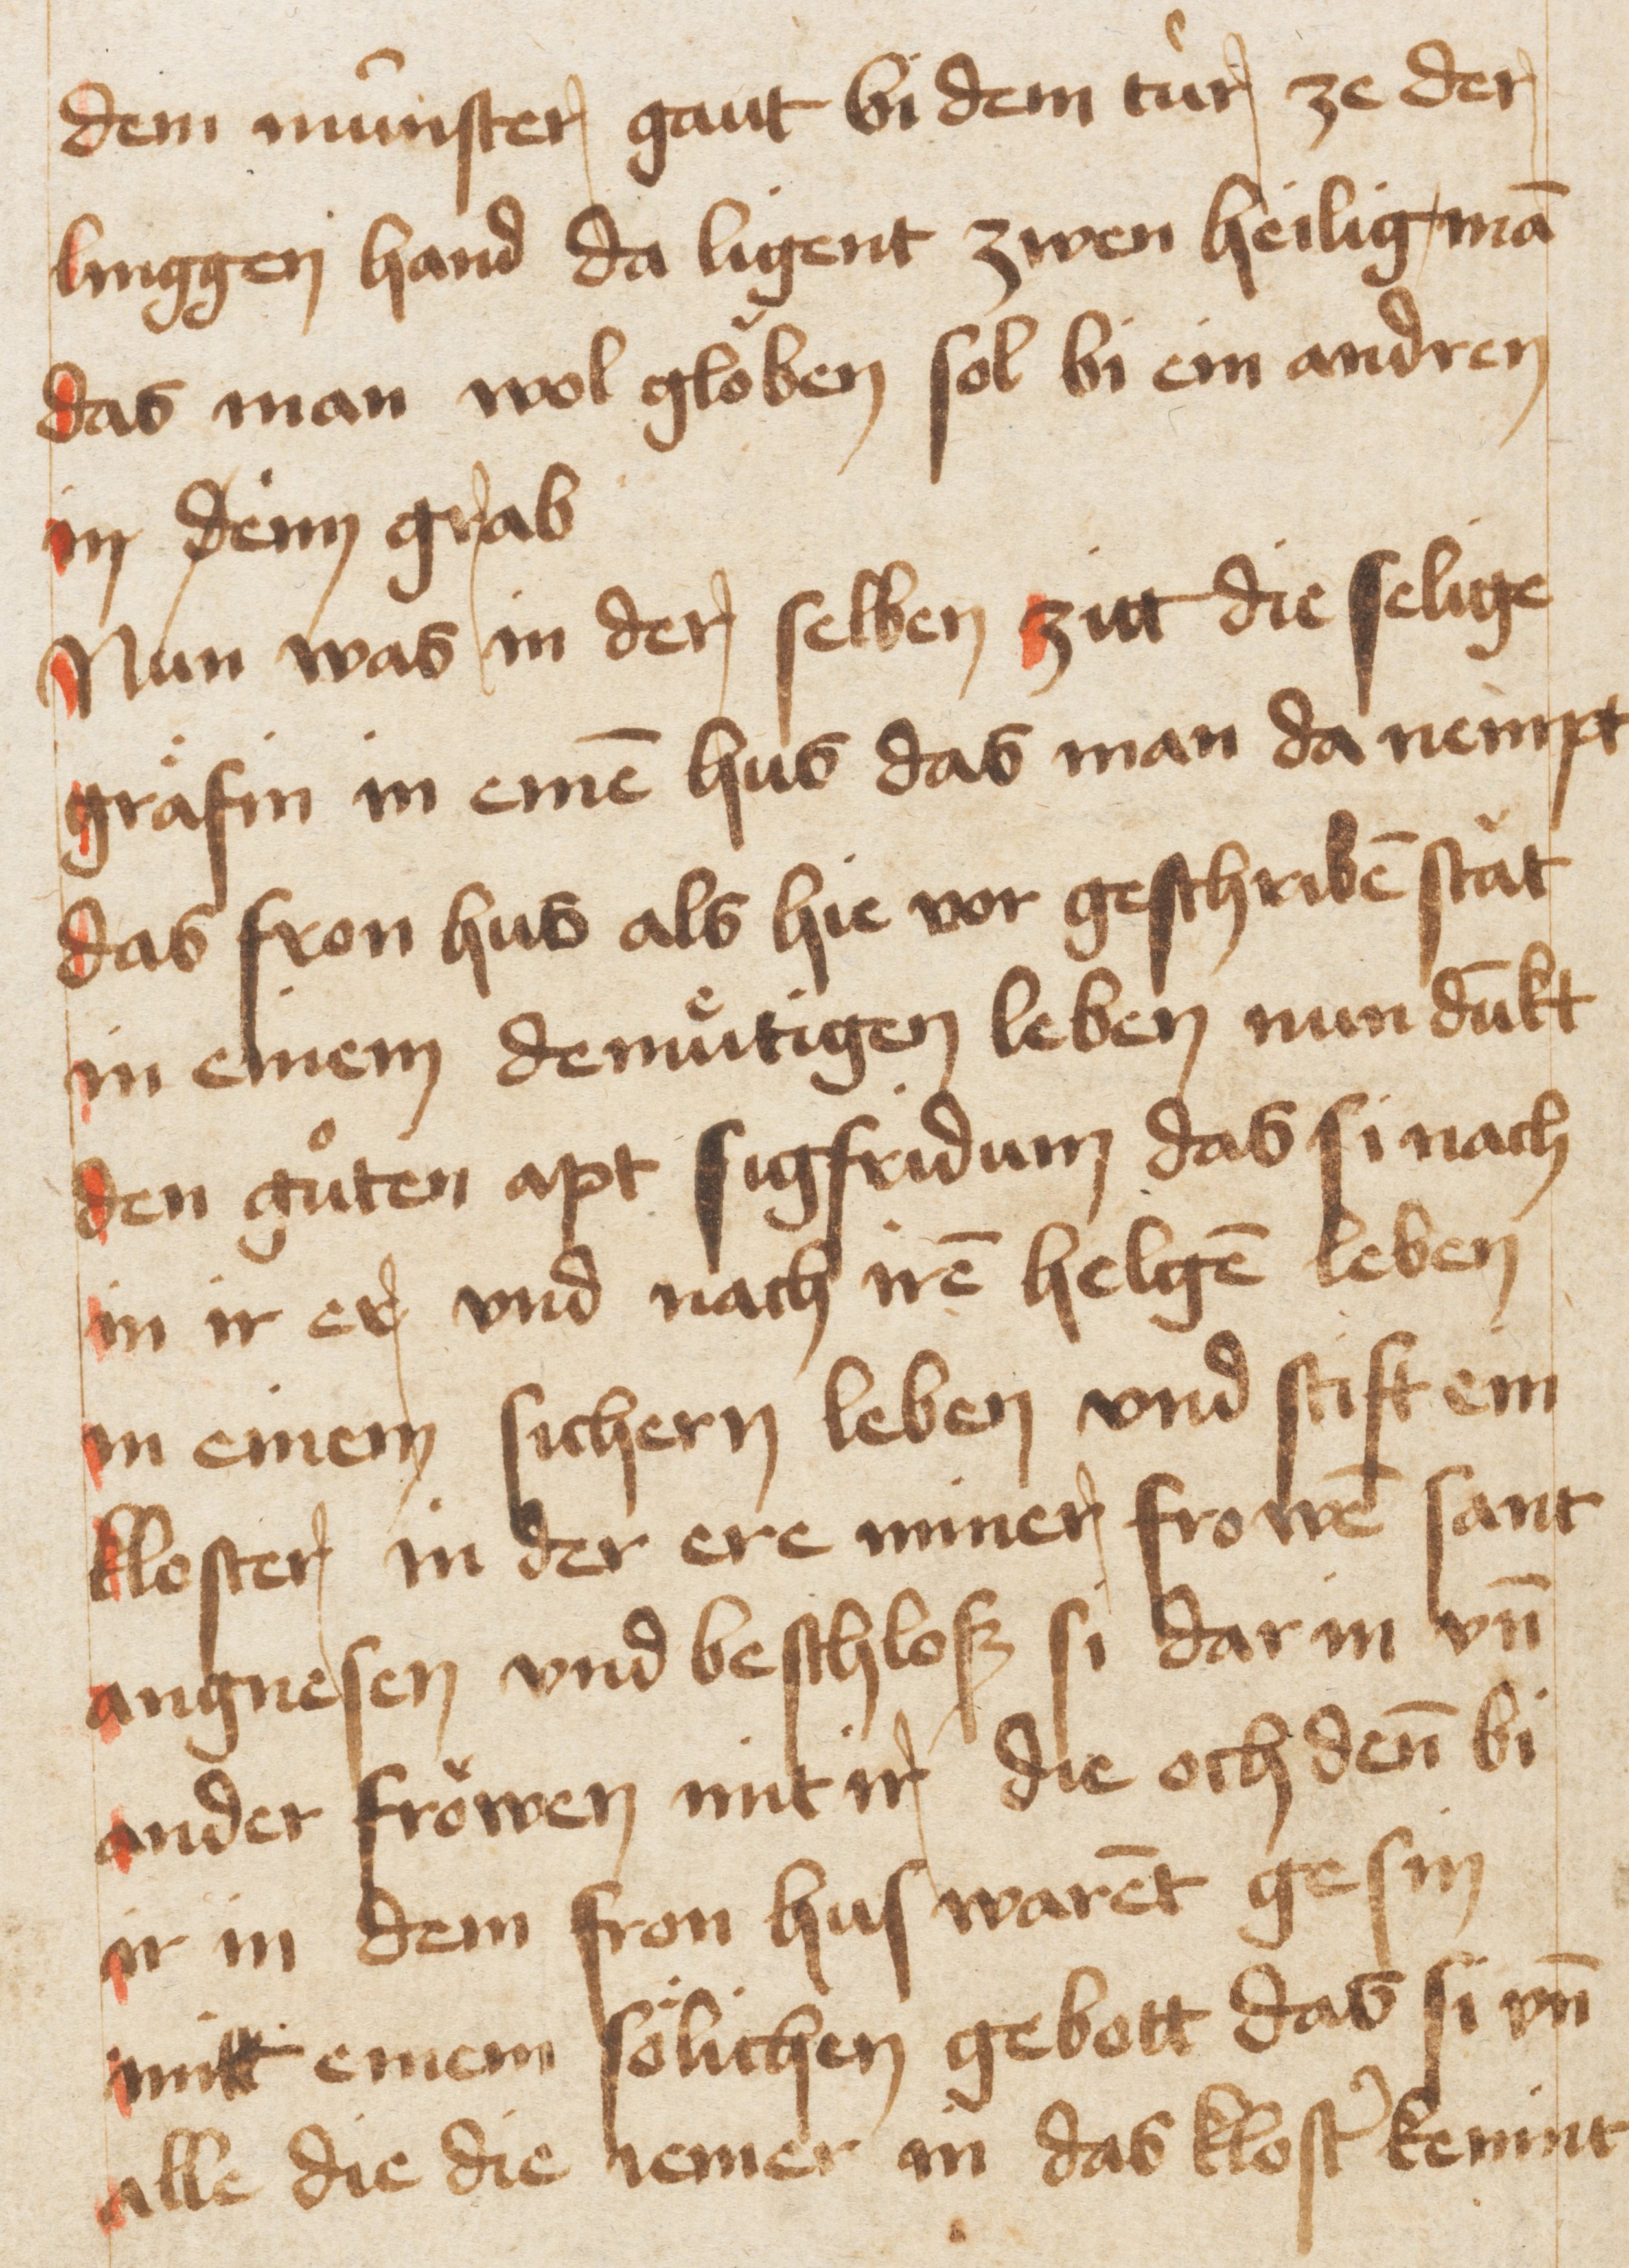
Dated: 1467–1467